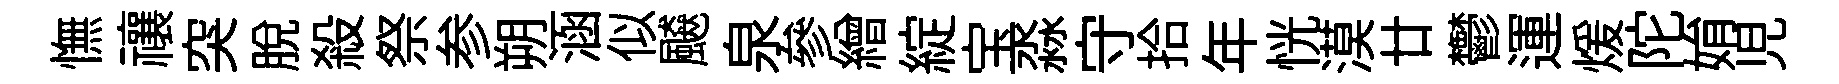
憮禳突脫殺祭参朔涵似飇泉參繒綻宝淼守拾年恍漠廿鬱運煖陀姢児